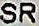
SR